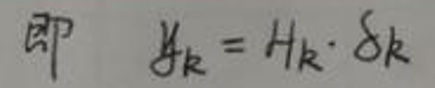
即$ \quad y_{k}=H_{k} \cdot \delta_{k}$